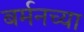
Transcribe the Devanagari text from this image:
बर्मनच्या